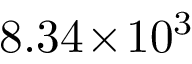
8 . 3 4 \! \times \! 1 0 ^ { 3 }